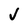
Character: V